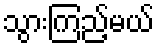
သွားကြည့်မယ်